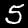
Digit: 5